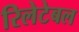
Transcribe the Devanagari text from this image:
रिलेटेबल